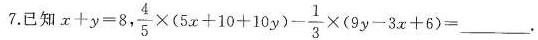
7.已知x十y= 8,f$$, \frac{4}{5} \times (5x+10+10y)- \frac{1}{3} \times (9y-3x+6)=$$ ___